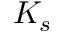
K _ { s }